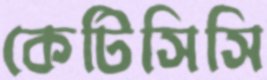
কেটিসিসি